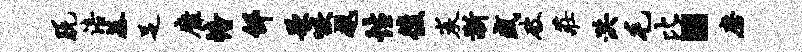
脱涪基足靡幢邰歌嗾越性后炭渐盛破庄洪毛比·磨